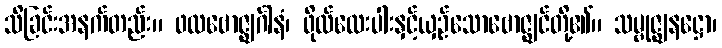
သိခြင်းအနက်တည်း။ ဖလဗောဇ္ဈင်္ဂါနံ၊ ဖိုလ်လေးပါးနှင့်ယှဉ်သောဗောဇ္ဈင်တို့၏။ သမ္ဗုဇ္ဈနဋ္ဌော၊